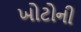
ખોટોની